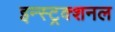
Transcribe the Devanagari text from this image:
इन्स्ट्रक्शनल